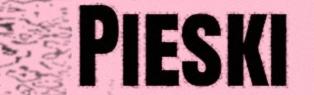
Pieski